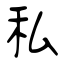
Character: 私